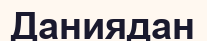
Даниядан